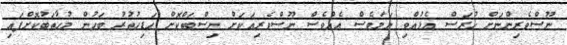
ނޫސްވެރިންނަށް ހުރަސް އެޅުއްވި ނަމަވެސް އެއްވެސް ނޫސްވެރިއަކަށް ނިސްބަތްކޮށް ހަޑިހުތުރު ބަހުން މުހާތަބުކޮށްފައި